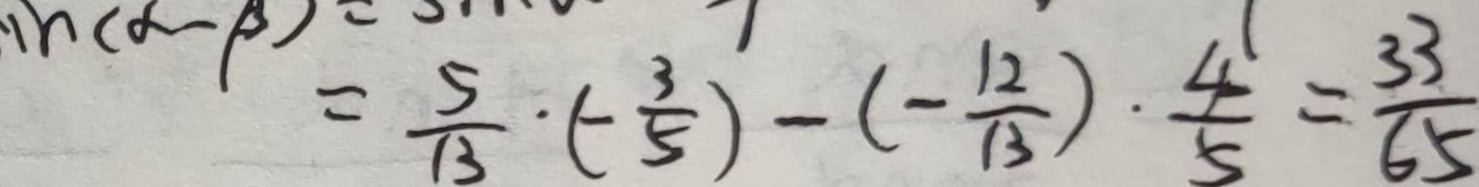
= \frac { 5 } { 1 3 } \cdot ( - \frac { 3 } { 5 } ) - ( - \frac { 1 2 } { 1 3 } ) \cdot \frac { 4 } { 5 } = \frac { 3 3 } { 6 5 }